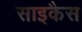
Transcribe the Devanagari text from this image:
साइकैस